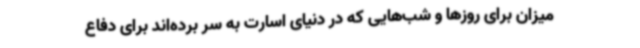
میزان برای روزها و شب‌هایی که در دنیای اسارت به سر برده‌اند برای دفاع